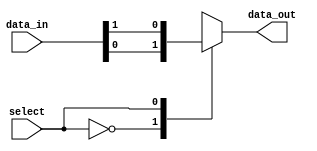
module io_mux_demux_buffer(
  input [3:0] data_in, 
  input select, 
  output reg data_out
);

always @ (select)
begin
  case(select)
    0: data_out <= data_in[0];
    1: data_out <= data_in[1];
    2: data_out <= data_in[2];
    3: data_out <= data_in[3];
    default: data_out <= 4'b0000;
  endcase
end

endmodule